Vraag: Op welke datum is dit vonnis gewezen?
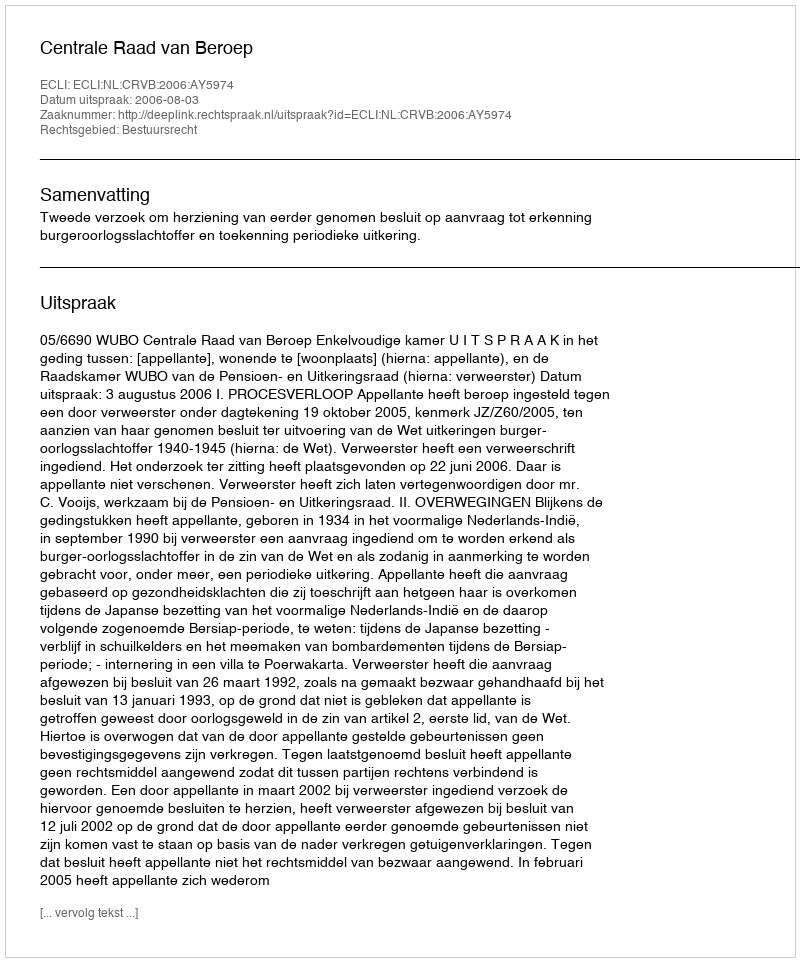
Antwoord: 2006-08-03